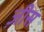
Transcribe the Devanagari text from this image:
ज़ीस